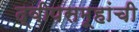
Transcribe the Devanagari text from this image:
द्वीपसमूहांची